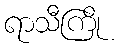
ရာသီကြို